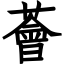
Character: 薈